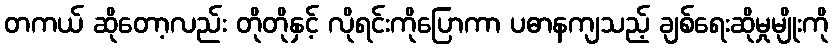
တကယ် ဆိုတော့လည်း တိုတိုနှင့် လိုရင်းကိုပြောကာ ပဓာနကျသည့် ချစ်ရေးဆိုမှုမျိုးကို